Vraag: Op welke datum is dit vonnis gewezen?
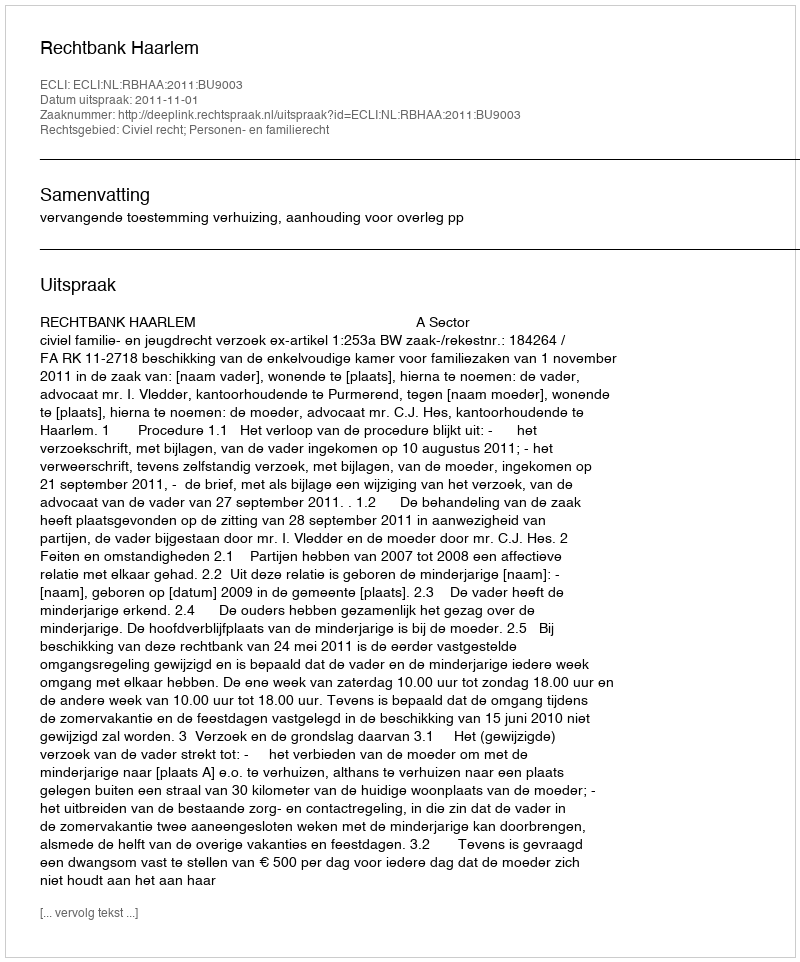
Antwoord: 2011-11-01